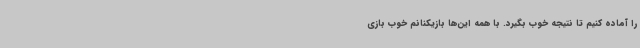
را آماده کنیم تا نتیجه خوب بگیرد. با همه این‌ها بازیکنانم خوب بازی